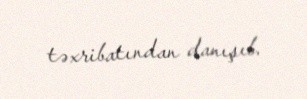
təxribatından danışıb.